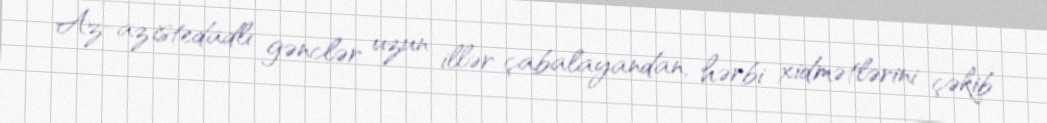
Az-az istedadlı gənclər uzun illər çabalayandan, hərbi xidmətlərini çəkib